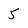
Character: 5